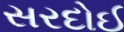
સરદોઈ